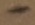
Text: -